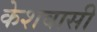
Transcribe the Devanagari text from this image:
केशवासी